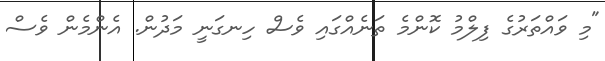
"މި ވައްތަރުގެ ފިލްމު ކޮންމެ ތަނެއްގައި ވެސް ހިނގަނީ މަދުން. އެންމެން ވެސް